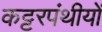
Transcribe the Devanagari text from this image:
कट्टरपंथीयों